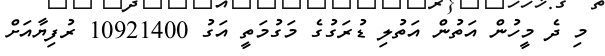
މި ދެ މީހުން އަތުން އަތުލި ޑުރަގުގެ މަގުމަތީ އަގު 10921400 ރުފިޔާއަށް